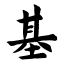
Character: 基